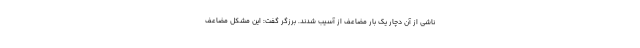
ناشی از آن دچار یک بار مضاعف از آسیب شدند. برزگر گفت: این مشکل مضاعف